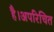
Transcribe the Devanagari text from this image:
है।अपरिचित